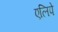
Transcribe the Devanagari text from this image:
एलिपे